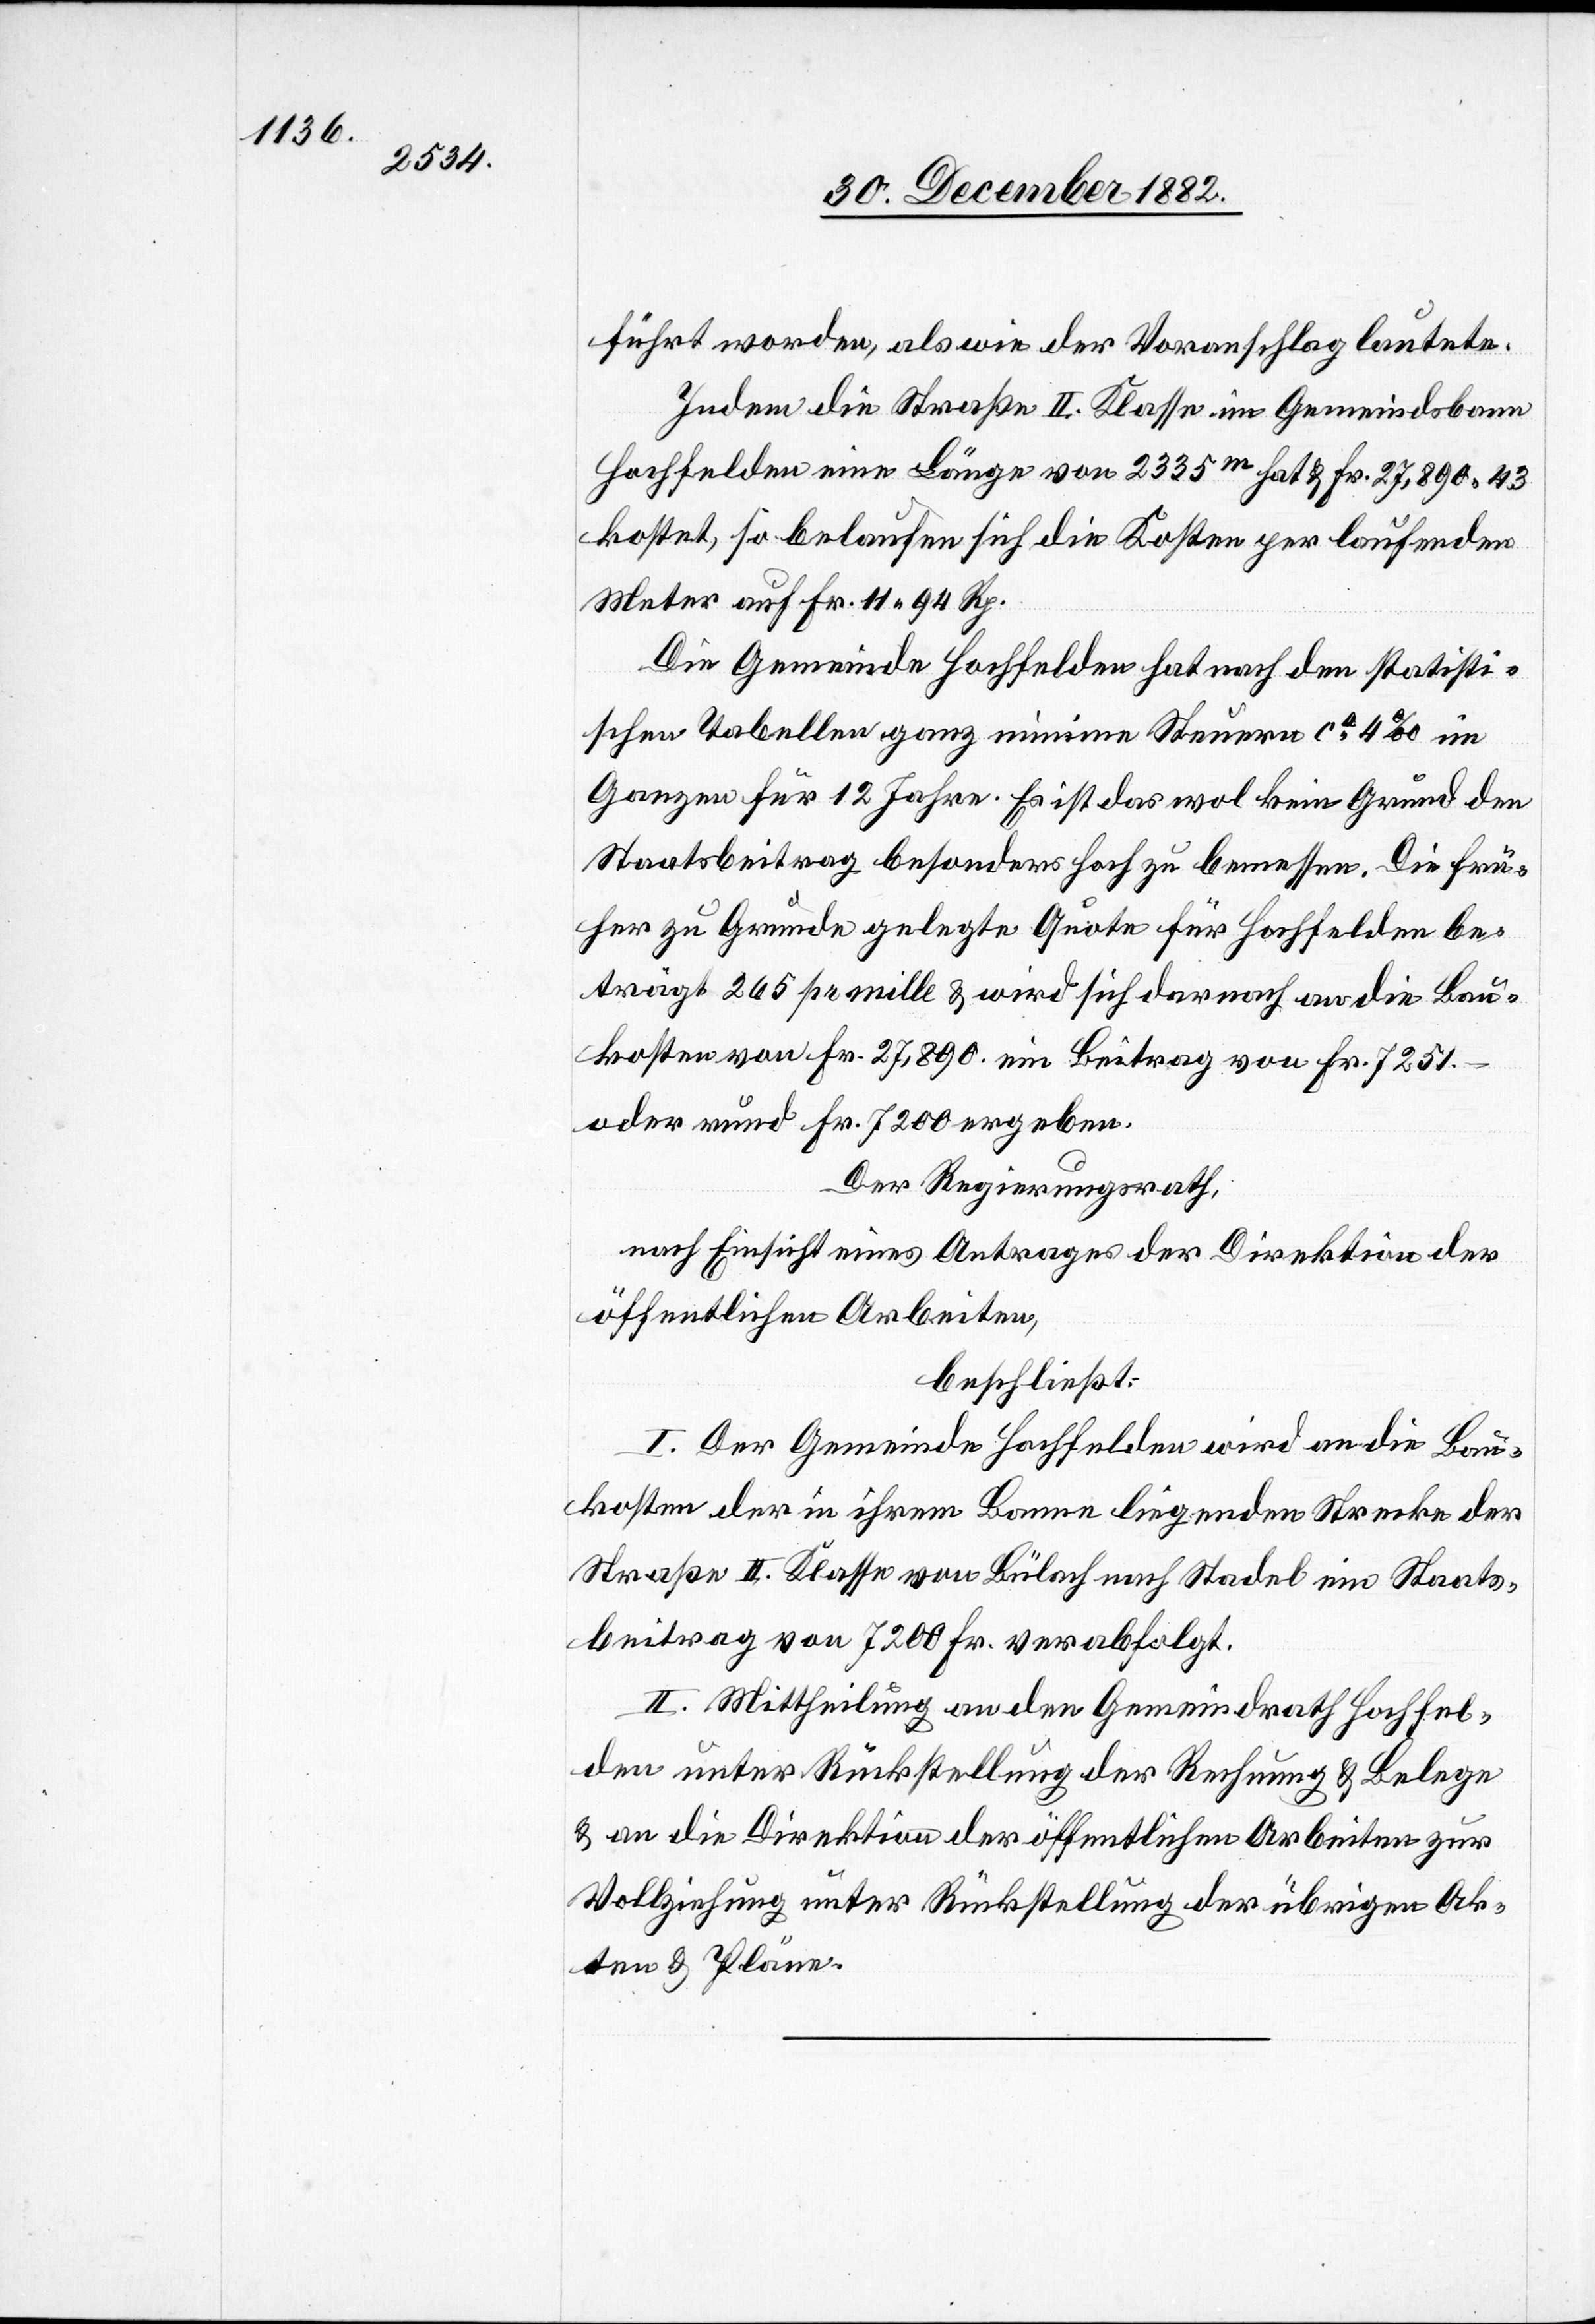
führt worden, als wie der Voranschlag lautete.
Indem die Straße II. Klasse im Gemeindsbann
Hochfelden eine Länge von 2335m hat & Fr. 27,890 43
kostet, so belaufen sich die Kosten per laufenden
Meter auf Fr. 11 94 Rp.
Die Gemeinde Hochfelden hat nach den statisti¬
schen Tabellen ganz minime Steuern ca 4‰ im
Ganzen für 12 Jahre. Es ist das wol kein Grund den
Staatsbeitrag besonders hoch zu bemessen. Die frü¬
her zu Grunde gelegte Quote für Hochfelden be¬
trägt 265 pr mille & wird sich danach an die Bau¬
kosten von Fr. 227,890. ein Beitrag von Fr. 7251.–
oder rund Fr. 7200 ergeben.
Der Regierungsrath,
nach Einsicht eines Antrages der Direktion der
öffentlichen Arbeiten,
beschließt:
I. Der Gemeinde Hochfelden wird an die Bau¬
kosten der in ihrem Banne liegenden Strecke der
Straße II. Klasse von Bülach nach Stadel ein Staats¬
beitrag von 7200 Fr. verabfolgt.
II. Mittheilung an den Gemeindrath Hochfel¬
den unter Rückstellung der Rechnung & Belege
& an die Direktion der öffentlichen Arbeiten zur
Vollziehung unter Rückstellung der übrigen Ak¬
ten & Pläne.